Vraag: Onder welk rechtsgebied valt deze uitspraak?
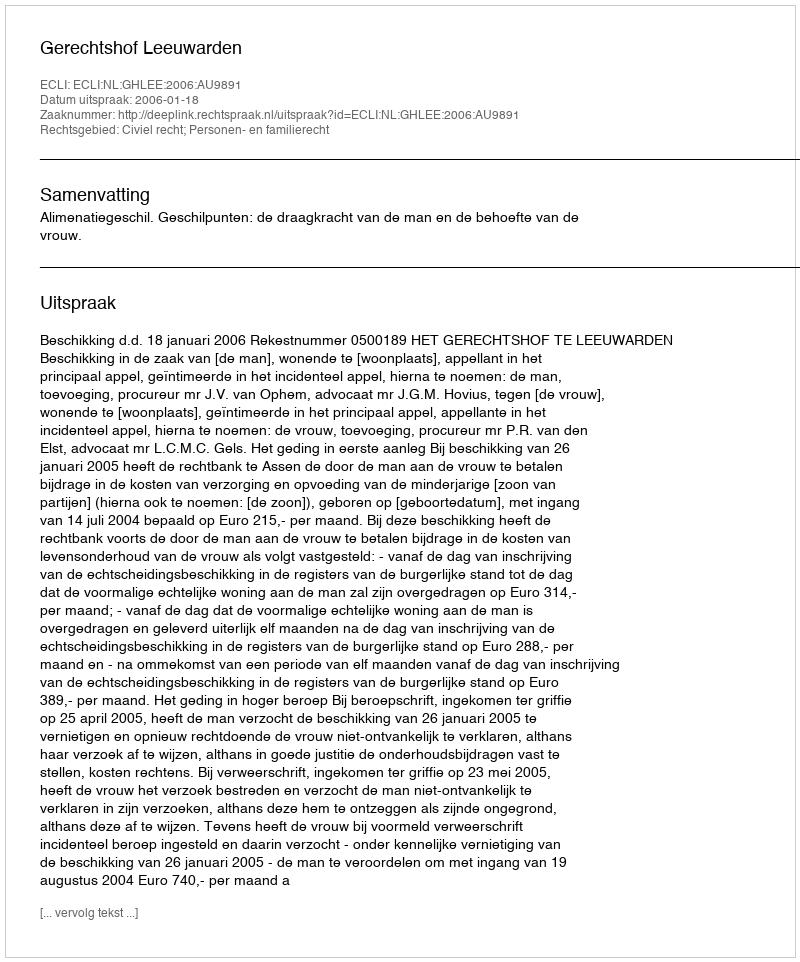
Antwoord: Civiel recht; Personen- en familierecht